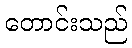
တောင်းသည်